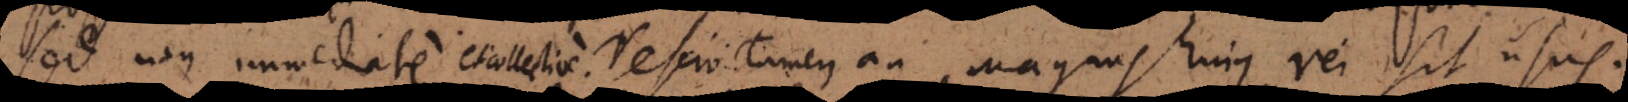
sed non immediate. Nescio tamen, an magnus hujus rei sit usus.